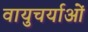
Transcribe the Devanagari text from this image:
वायुचर्याओं